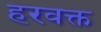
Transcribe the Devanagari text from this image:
हरवक्त